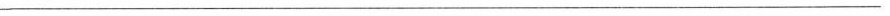
_____________________